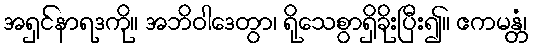
အရှင်နာရဒကို။ အဘိဝါဒေတွာ၊ ရိုသေစွာရှိခိုးပြီး၍။ ဧကမန္တံ၊